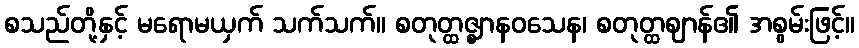
စသည်တို့နှင့် မရောမယှက် သက်သက်။ စတုတ္ထဇ္ဈာနဝသေန၊ စတုတ္ထဈာန်၏ အစွမ်းဖြင့်။